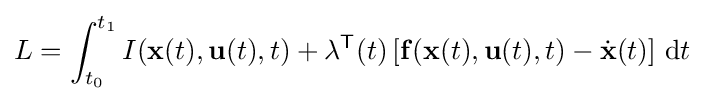
L=\int _{t_{0}}^{t_{1}}I(\mathbf {x} (t),\mathbf {u} (t),t)+\mathbf {\lambda } ^{\mathsf {T}}(t)\left[\mathbf {f} (\mathbf {x} (t),\mathbf {u} (t),t)-{\dot {\mathbf {x} }}(t)\right]\,\mathrm {d} t